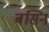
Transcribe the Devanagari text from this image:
बसिन